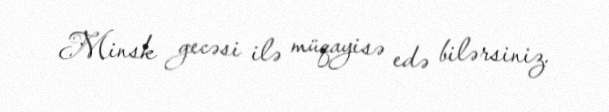
Minsk gecəsi ilə müqayisə edə bilərsiniz.